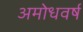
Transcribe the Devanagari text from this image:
अमोधवर्ष